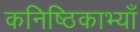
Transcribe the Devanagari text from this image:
कनिष्ठिकाभ्याँ